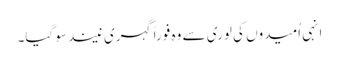
انہی اُمیدوں کی لوری سے وہ فوراً گہری نیند سو گیا۔